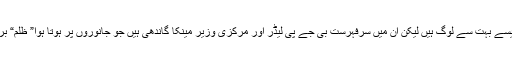
ہندوستان میں یوں تو ایسے بہت سے لوگ ہیں لیکن ان میں سرفہرست بی جے پی لیڈر اور مرکزی وزیر مینکا گاندھی ہیں جو جانوروں پر ہوتا ہوا” ظلم“ برداشت نہیں کر سکتیں۔